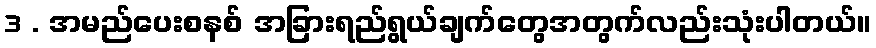
3 . အမည်ပေးစနစ် အခြားရည်ရွယ်ချက်တွေအတွက်လည်းသုံးပါတယ်။